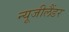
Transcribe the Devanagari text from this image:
न्यूजीलैंडर